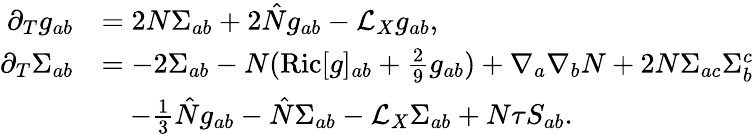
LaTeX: \begin{array}{rl}{\partial_{T}g_{ab}}&{=2N\Sigma_{ab}+2\hat{N}g_{ab}-\mathcal{L}_{X}g_{ab},}\\ {\partial_{T}\Sigma_{ab}}&{=-2\Sigma_{ab}-N(\mathrm{Ric}[g]_{ab}+\frac{2}{9}g_{ab})+\nabla_{a}\nabla_{b}N+2N\Sigma_{ac}\Sigma_{b}^{c}}\\ &{\quad-\frac{1}{3}\hat{N}g_{ab}-\hat{N}\Sigma_{ab}-\mathcal{L}_{X}\Sigma_{ab}+N\tau S_{ab}.}\end{array}